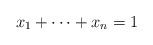
LaTeX: \begin{align*}x_1+\cdots +x_n=1\end{align*}